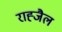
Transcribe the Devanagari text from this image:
राह्जैल